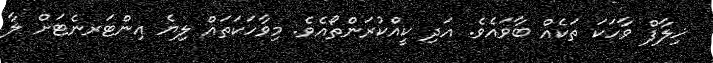
ޚިލާފް ވާހަކަ ތަކެއް ބާވައެވެ. އަދި ކީއްކުރަންތޯއެވެ. މިވާހަކަތައް ލިޔެ އިންޓަރނެޓަށް ލާ